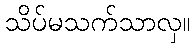
သိပ်မသက်သာလှ။